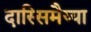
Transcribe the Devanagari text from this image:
दास्सिमैय्या